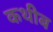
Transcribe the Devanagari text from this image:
कथीब